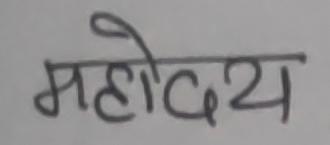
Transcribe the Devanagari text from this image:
महोदय